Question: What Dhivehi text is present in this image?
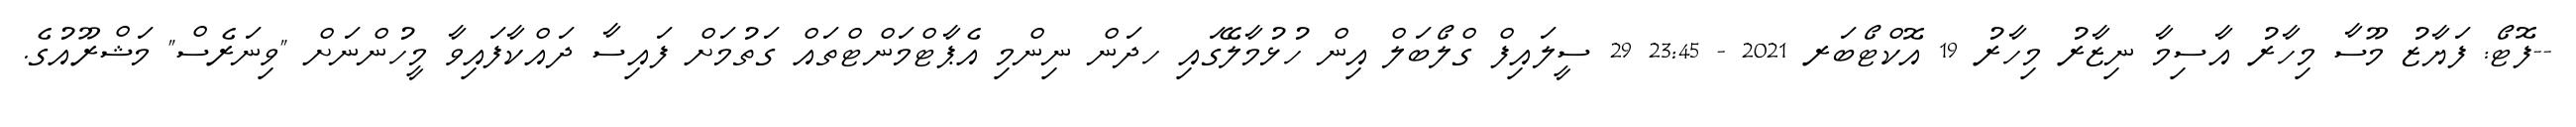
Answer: --ފޮޓޯ: ފަޔާޒު މޫސާ މިހާރު އާސިމާ ނިޒާރު މިހާރު 19 އޮކްޓޯބަރ 2021 - 23:45 29 ސީލައިފް ގްލޯބަލް އިން ހުޅުމާލޭގައި ހދަން ނިންމި އެޕާޓްމަންޓްތައް ގަތުމަށް ފައިސާ ދައްކާފައިވާ މީހުންނަށް "ވިނަރެސް" މަޝްރޫއުގެ.